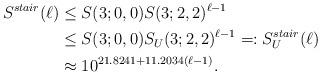
LaTeX: \begin{align*} S^{stair}(\ell) &\le S(3;0,0) S(3;2,2)^{\ell-1} \\ &\le S(3;0,0) S_U(3;2,2)^{\ell-1} =: S_U^{stair}(\ell) \\ &\approx 10^{21.8241 + 11.2034 (\ell-1)}. \end{align*}